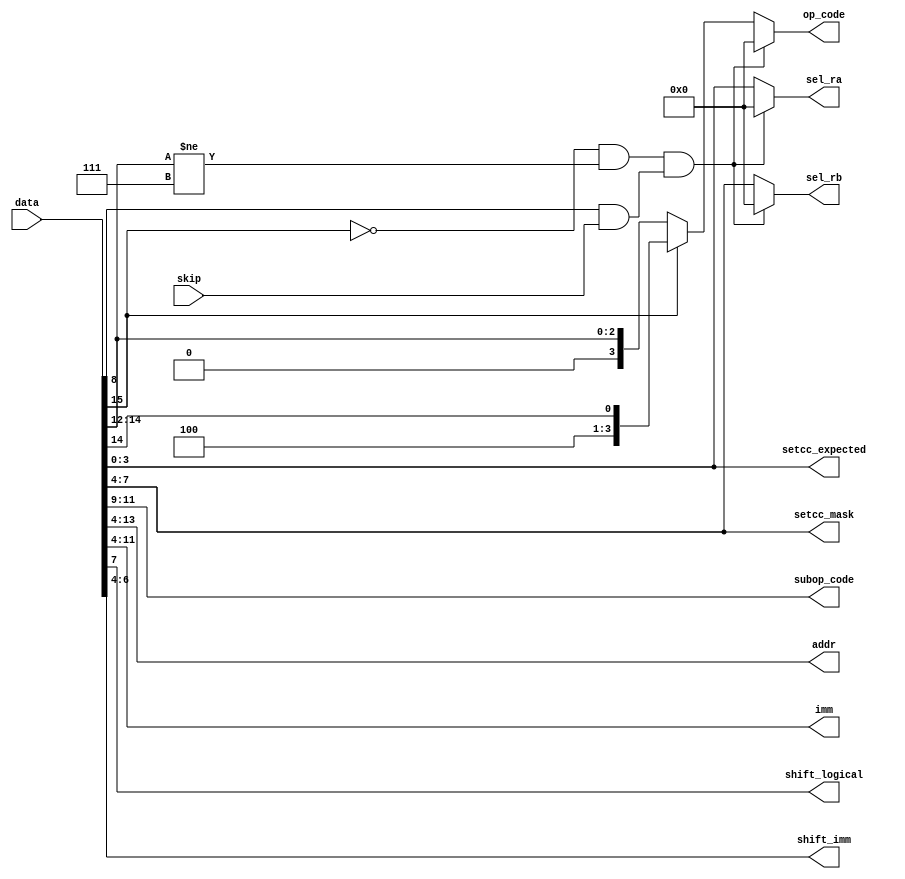
`timescale 1ns / 1ps
//////////////////////////////////////////////////////////////////////////////////
// Company: 
// Engineer: 
// 
// Design Name: 
// Module Name: ir
// Project Name: 
// Target Devices: 
// Tool Versions: 
// Description: 
// 
// Dependencies: 
// 
// Revision:
// Revision 0.01 - File Created
// Additional Comments:
// 
//////////////////////////////////////////////////////////////////////////////////


module ir(
    input  [15:0] data,
    input         skip,

    output [3:0] op_code,
    output [2:0] subop_code,
    output [9:0] addr,
    output [7:0] imm,
    output [3:0] sel_ra,
    output [3:0] sel_rb,
    output       shift_logical,
    output [2:0] shift_imm,
    output [3:0] setcc_mask,
    output [3:0] setcc_expected
);
    wire skipeable_bit = data[8];
    wire skipped = (!data[15] && data[14:12] != 3'b111) && (skipeable_bit && skip);
    
    assign op_code = skipped  ? 0 // skipped ins become nop == movr r0 r0
                   : data[15] ? { data[15], 2'b00, data[14] } 
                   :            data[15:12];
    assign subop_code = data[11:9];
    assign addr = data[13:4];
    assign imm = data[11:4];
    assign sel_ra = skipped ? 0 : data[3:0];
    assign sel_rb = skipped ? 0 : data[7:4];
    assign shift_logical = data[7];
    assign shift_imm = data[6:4];
    assign setcc_mask = data[7:4];
    assign setcc_expected = data[3:0];
endmodule